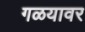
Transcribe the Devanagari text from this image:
गळयावर